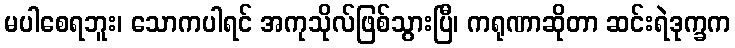
မပါစေရဘူး၊ သောကပါရင် အကုသိုလ်ဖြစ်သွားပြီ၊ ကရုဏာဆိုတာ ဆင်းရဲဒုက္ခက